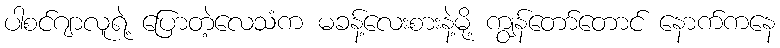
ပါစင်ဂျာလူရဲ့ ပြောတဲ့လေသံက မခန့်လေးစားနဲ့မို့ ကျွန်တော်တောင် နောက်ကနေ